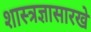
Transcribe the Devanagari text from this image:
शास्त्रज्ञासारखे